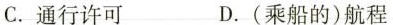
C.通行许可 D.(乘船的)航程